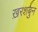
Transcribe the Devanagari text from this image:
ख़रशबुन